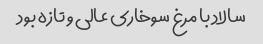
سالاد با مرغ سوخاری عالی و تازه بود